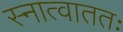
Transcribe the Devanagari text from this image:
स्नात्वाततः